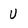
Character: U